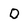
Character: 0